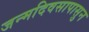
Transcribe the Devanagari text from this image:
जन्मदिवसापासुन